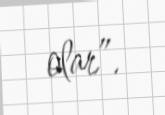
olar”.